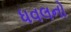
ધવલનો